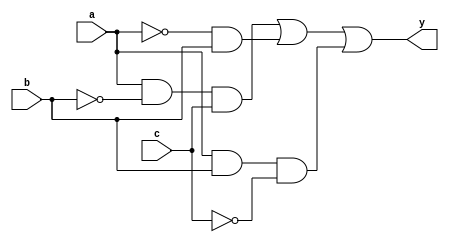
module combinational_logic_block (
    input wire a,    // Input variable a
    input wire b,    // Input variable b
    input wire c,    // Input variable c
    output wire y    // Output variable y
);

// Intermediate signals for minimized logic expression
wire not_a;
wire not_b;
wire not_c;
wire term1, term2, term3, term4;

// Boolean algebra minimization
// Example minimized expression: y = (a AND NOT(b) AND c) OR (NOT(a) AND b) OR (a AND b AND NOT(c))

// Generate NOT signals
not (not_a, a);
not (not_b, b);
not (not_c, c);

// Generate product terms
and (term1, a, not_b, c);  // a AND NOT(b) AND c
and (term2, not_a, b);      // NOT(a) AND b
and (term3, a, b, not_c);   // a AND b AND NOT(c)

// Combine product terms using OR
or (y, term1, term2, term3); // Output y

endmodule